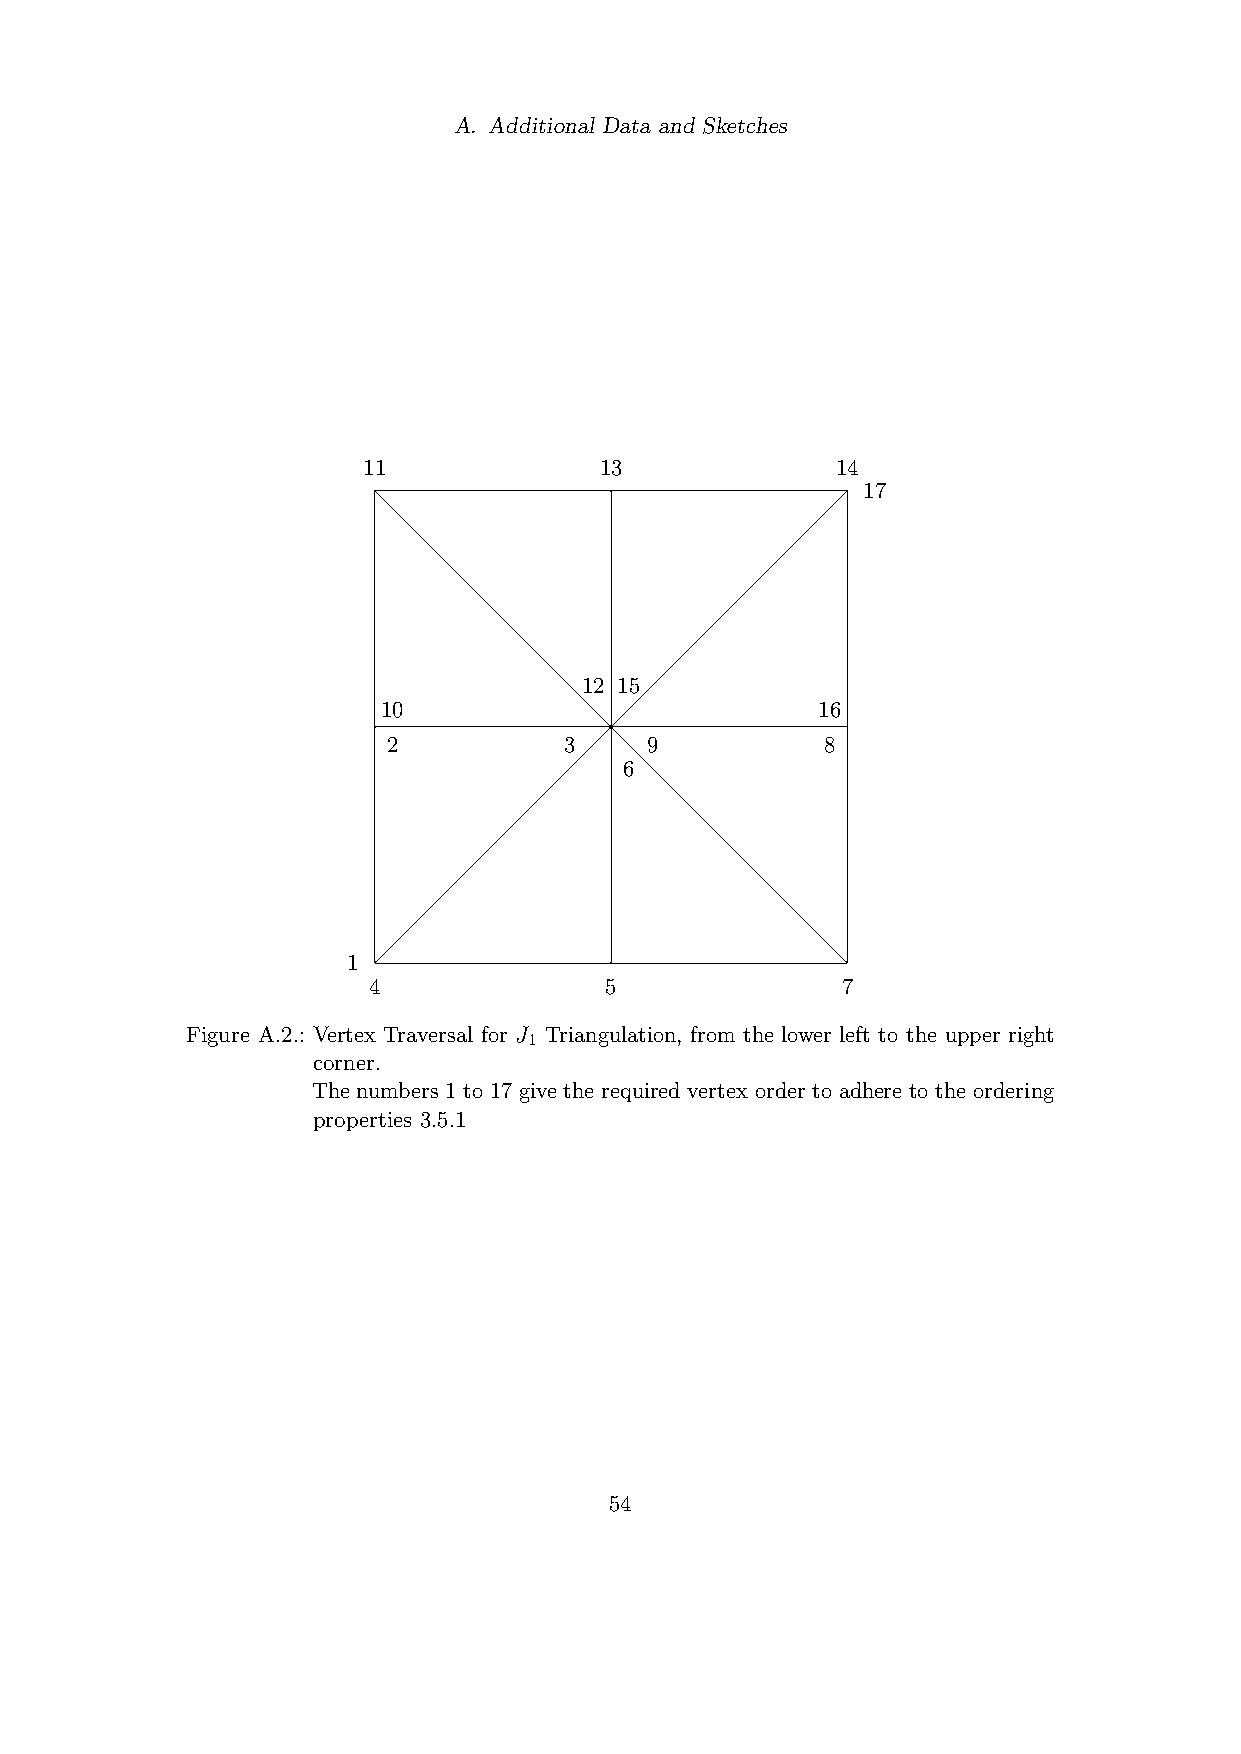
A. Additional Data and Sketches
 11              13             14
 17
 12 15
 10                           16
 2          3     9           8
 6
 1
 4               5               7
 Figure A.2.: Vertex Traversal for J Triangulation, from the lower left to the upper right
 1
 corner.
 The numbers 1 to 17 give the required vertex order to adhere to the ordering
 properties 3.5.1
 54